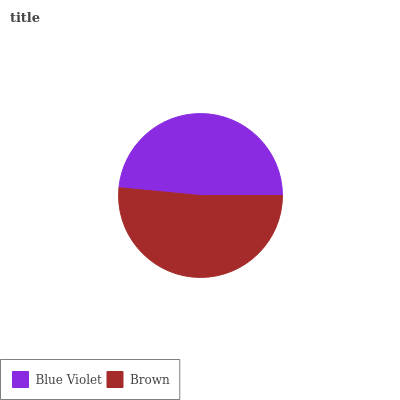
| Blue Violet | Brown |
 | --- | --- |
 | 48.5% | 51.5% |